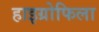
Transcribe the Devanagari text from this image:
हाइग्रोफिला